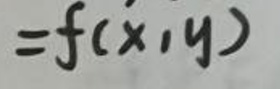
$= f ( x, y )$